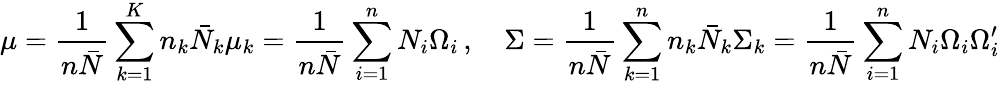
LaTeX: \mu=\frac{1}{n\bar{N}}\sum_{k=1}^{K}n_{k}\bar{N}_{k}\mu_{k}=\frac{1}{n\bar{N}}\sum_{i=1}^{n}N_{i}\Omega_{i}\, ,\quad\Sigma=\frac{1}{n\bar{N}}\sum_{k=1}^{n}n_{k}\bar{N}_{k}\Sigma_{k}=\frac{1}{n\bar{N}}\sum_{i=1}^{n}N_{i}\Omega_{i}\Omega_{i}^{\prime}